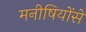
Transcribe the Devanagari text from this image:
मनीषियोंसे